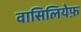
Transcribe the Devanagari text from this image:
वासिलियेफ़